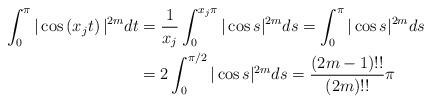
LaTeX: \begin{align*}\int_0^{\pi} |\cos\left(x_j t \right)|^{2m}dt& =\frac{1}{x_j}\int_0^{x_j\pi} |\cos s|^{2m}ds=\int_0^{\pi} |\cos s|^{2m}ds\\&=2\int_0^{\pi/2} |\cos s|^{2m}ds=\frac{(2m-1)!!}{(2m)!!}\pi\end{align*}